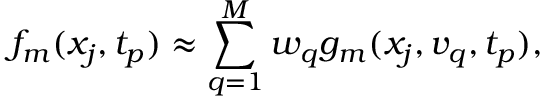
f _ { m } ( x _ { j } , t _ { p } ) \approx \sum _ { q = 1 } ^ { M } w _ { q } g _ { m } ( x _ { j } , v _ { q } , t _ { p } ) ,